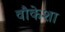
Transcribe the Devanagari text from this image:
वौकेशा